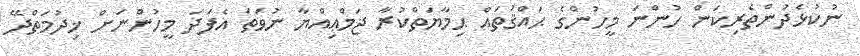
ނުކުޅެދުންތެރިކަން ހުންނަ މީހުންގެ ޙައްޤުތައް ޙިމާޔަތްކުރާ ޖަމްޢިއްޔާ ނުވަތަ އެފަދަ މީހުންނަށް ޚިދުމަތްދޭ